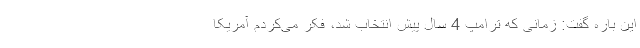
این باره گفت: زمانی که ترامپ 4 سال پیش انتخاب شد، فکر می‌کردم آمریکا